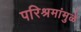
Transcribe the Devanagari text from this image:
परिश्रमांमुळे